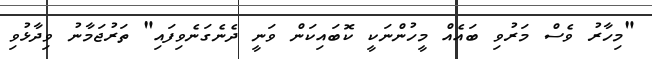
"މިހާރު ވެސް މަރުވި ބައެއް މީހުންނަކީ ކޮބައިކަން ވަނީ ދެނެގަނެވިފައި" ތަރުޖަމާނު ވިދާޅުވި